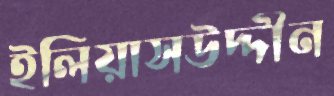
ইলিয়াসউদ্দীন